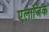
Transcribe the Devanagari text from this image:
एलाजिक